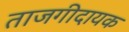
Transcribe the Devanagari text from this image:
ताजगीदायक